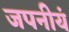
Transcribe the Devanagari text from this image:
जपनीयं